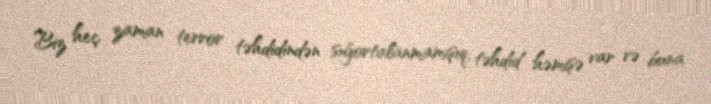
Biz heç zaman terror təhdidindən sığortalanmamışıq, təhdid həmişə var və buna